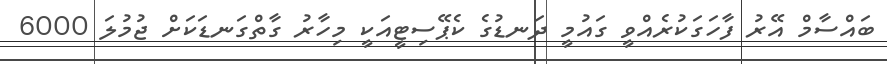
ބައްސާމް އޭރު ފާހަގަކުރެއްވީ ގައުމީ ދަނޑުގެ ކެޕޭސިޓީއަކީ މިހާރު ގާތްގަނޑަކަށް ޖުމުލަ 6000